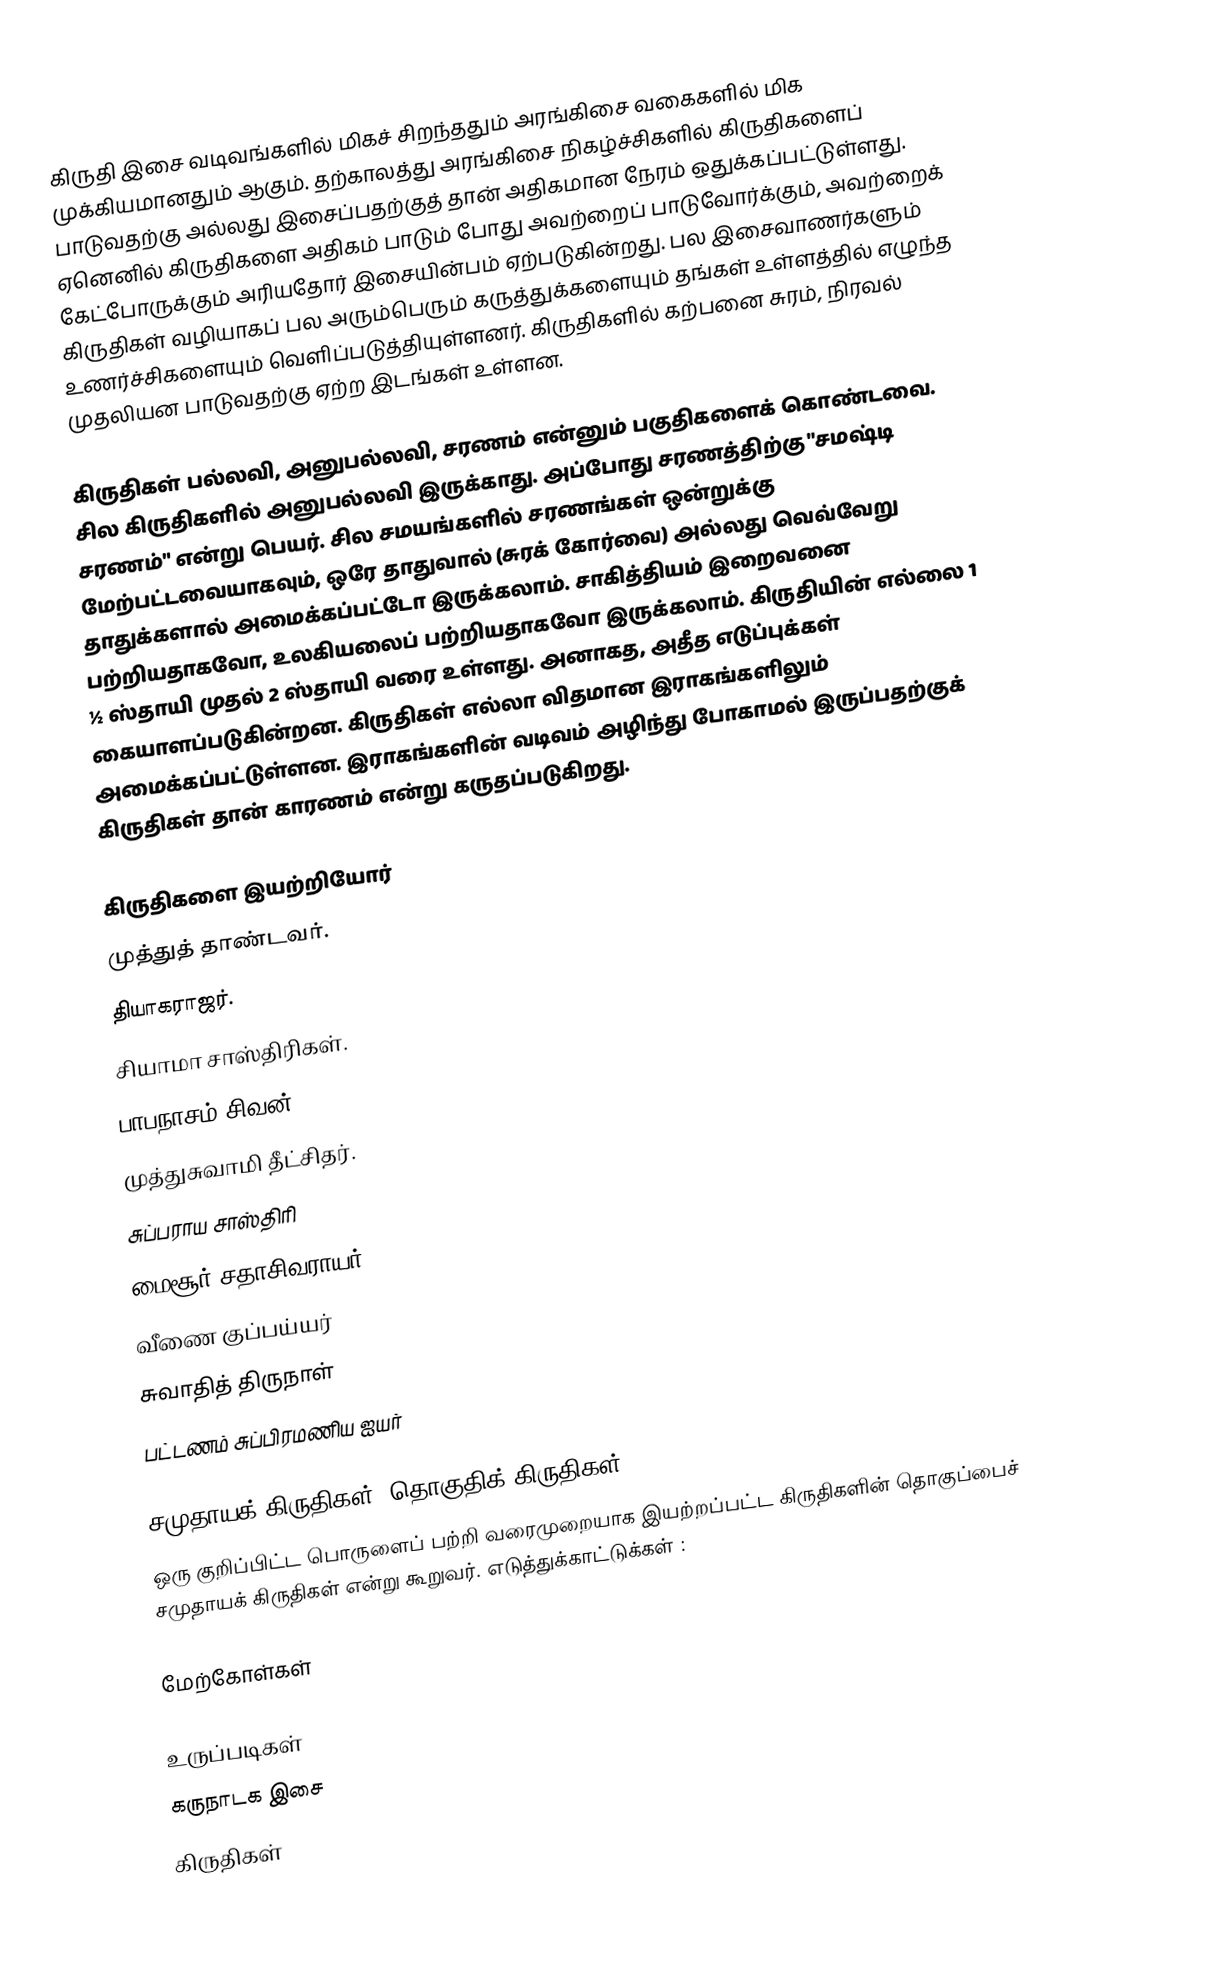
கிருதி இசை வடிவங்களில் மிகச் சிறந்ததும் அரங்கிசை வகைகளில் மிக முக்கியமானதும் ஆகும். தற்காலத்து அரங்கிசை நிகழ்ச்சிகளில் கிருதிகளைப் பாடுவதற்கு அல்லது இசைப்பதற்குத் தான் அதிகமான நேரம் ஒதுக்கப்பட்டுள்ளது. ஏனெனில் கிருதிகளை அதிகம் பாடும் போது அவற்றைப் பாடுவோர்க்கும், அவற்றைக் கேட்போருக்கும் அரியதோர் இசையின்பம் ஏற்படுகின்றது. பல இசைவாணர்களும் கிருதிகள் வழியாகப் பல அரும்பெரும் கருத்துக்களையும் தங்கள் உள்ளத்தில் எழுந்த உணர்ச்சிகளையும் வெளிப்படுத்தியுள்ளனர். கிருதிகளில் கற்பனை சுரம், நிரவல் முதலியன பாடுவதற்கு ஏற்ற இடங்கள் உள்ளன.

கிருதிகள் பல்லவி, அனுபல்லவி, சரணம் என்னும் பகுதிகளைக் கொண்டவை. சில கிருதிகளில் அனுபல்லவி இருக்காது. அப்போது சரணத்திற்கு "சமஷ்டி சரணம்" என்று பெயர். சில சமயங்களில் சரணங்கள் ஒன்றுக்கு மேற்பட்டவையாகவும், ஒரே தாதுவால் (சுரக் கோர்வை) அல்லது வெவ்வேறு தாதுக்களால் அமைக்கப்பட்டோ இருக்கலாம். சாகித்தியம் இறைவனை பற்றியதாகவோ, உலகியலைப் பற்றியதாகவோ இருக்கலாம். கிருதியின் எல்லை 1 ½ ஸ்தாயி முதல் 2 ஸ்தாயி வரை உள்ளது. அனாகத, அதீத எடுப்புக்கள் கையாளப்படுகின்றன. கிருதிகள் எல்லா விதமான இராகங்களிலும் அமைக்கப்பட்டுள்ளன. இராகங்களின் வடிவம் அழிந்து போகாமல் இருப்பதற்குக் கிருதிகள் தான் காரணம் என்று கருதப்படுகிறது.

கிருதிகளை இயற்றியோர்
 முத்துத் தாண்டவர்.
 தியாகராஜர்.
 சியாமா சாஸ்திரிகள்.
 பாபநாசம் சிவன்
 முத்துசுவாமி தீட்சிதர்.
 சுப்பராய சாஸ்திரி
 மைசூர் சதாசிவராயர்
 வீணை குப்பய்யர்
 சுவாதித் திருநாள்
 பட்டணம் சுப்பிரமணிய ஐயர்

சமுதாயக் கிருதிகள் (தொகுதிக் கிருதிகள்)
ஒரு குறிப்பிட்ட பொருளைப் பற்றி வரைமுறையாக இயற்றப்பட்ட கிருதிகளின் தொகுப்பைச் சமுதாயக் கிருதிகள் என்று கூறுவர். எடுத்துக்காட்டுக்கள்	:

மேற்கோள்கள்

உருப்படிகள்
கருநாடக இசை
கிருதிகள்